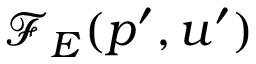
\mathcal { F } _ { E } ( p ^ { \prime } , u ^ { \prime } )